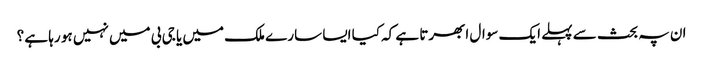
ان پہ بحث سے پہلے ایک سوال ابھرتا ہے کہ کیا ایسا سارے ملک میں یا جی بی میں نہیں ہو رہا ہے ؟